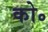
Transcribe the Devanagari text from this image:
को॰